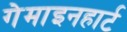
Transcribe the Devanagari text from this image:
गेमाइनहार्ट